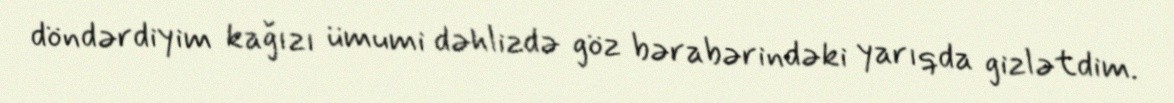
döndərdiyim kağızı ümumi dəhlizdə göz bərabərindəki yarıqda gizlətdim.